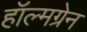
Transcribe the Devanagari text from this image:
हॉल्मग्रेन